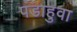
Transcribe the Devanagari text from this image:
पडाहुवा